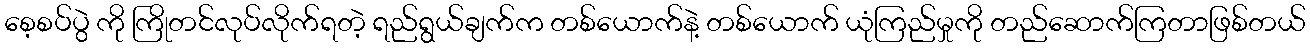
စေ့စပ်ပွဲ ကို ကြိုတင်လုပ်လိုက်ရတဲ့ ရည်ရွယ်ချက်က တစ်ယောက်နဲ့ တစ်ယောက် ယုံကြည်မှုကို တည်ဆောက်ကြတာဖြစ်တယ်